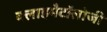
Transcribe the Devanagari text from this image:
क्लाइमैटॉलोजी